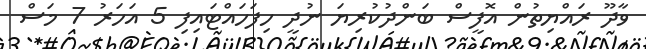
ވާދޫ ރައްޔިތުން އޮފީސް ބަންދުކުރިޔަ ނުދީ ހިފަހައްޓައިފި 5 އަހަރު 7 މަސް